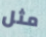
مثل